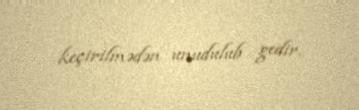
keçirilmədən unudulub gedir.